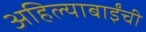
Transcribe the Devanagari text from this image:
अहिल्याबाईंची